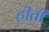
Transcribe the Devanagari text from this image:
हीती